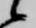
候